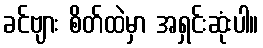
ခင်ဗျား စိတ်ထဲမှာ အရှင်းဆုံးပါ။